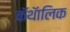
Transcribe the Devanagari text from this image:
कॅथॅालिक